Annual report of the Civil Veterinary Department, Bengal, for the year 1897-98 - 1897-1898
Year: 1897
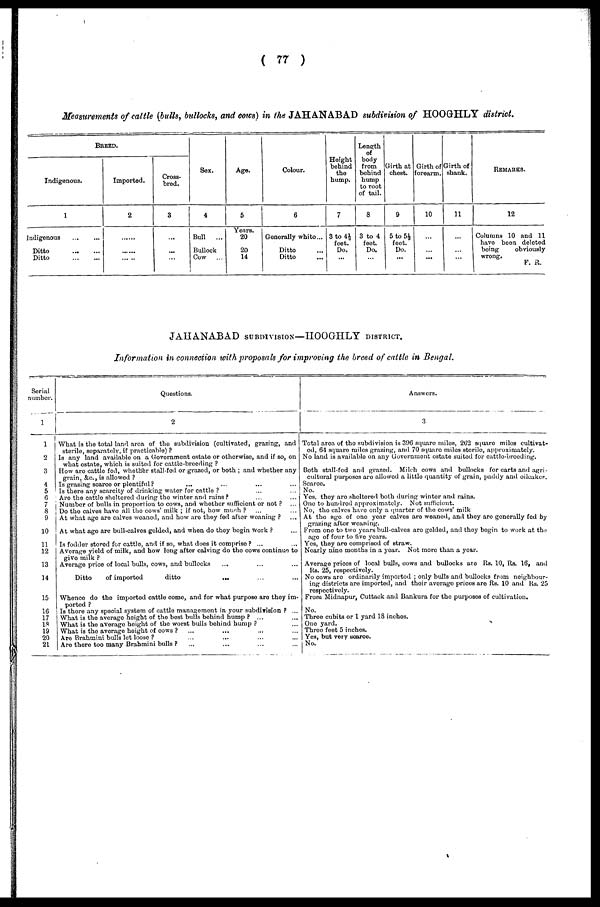
( 77 )
Measurements of cattle (bulls, bullocks, and cows) in the JAHANABAD subdivision of HOOGHLY district.
BREED.
Indigenous.
1
Indigenous
...
...
Ditto
...
...
Ditto ... ...
Imported.
2
.....
.....
.....
Cross-
brod.
3
...
...
...
Sex.
4
Bull
...
Bullock
Cow
...
Age.
5
Years.
20
20
14
Colour.
6
Generally white ...
Ditto ...
Ditto ...
Height
behind
the
hump.
7
3 to 4½
feet.
Do.
...
Length
of
body
from
behind
hump
to root
of tail.
8
3 to 4
foot
Do.
...
Girth at
chest.
9
5 to 5½
feet.
Do.
...
Girth of
forearm.
10
...
...
...
Girth of
shank.
11
...
...
...
REMARKS.
12
Columns 10 and 11
have been deleted
being
obviously
wrong.
F. R.
JAHANABAD SUBDIVISION—HOOGIILY DISTRICT.
Information in connection with proposals for improving the breed of cattle in Bengal.
Serial
number.
1
1
2
3
4
5
6
7
8
9
10
11
12
13
14
15
16
17
18
19
20
21
Questions.
What is the total land area of the subdivision (cultivated, grazing, and
sterile, separately, if practicable) ?
Is any land available on a Government estate or otherwise, and if so, on
what estate, which is suited for cattle-breeding ?
How are cattle fed, whether stall-fed or grazed, or both ; and whether any
grain, &c., is allowed ?
Is grazing scarce or plentiful ? ... ... ... ...
Is there any scarcity of drinking water for cattle ? ... ...
Are the cattle sheltered during the winter and rains ?
...
...
Number of bulls in proportion to cows, and whether sufficient or not ? ...
Do the calves have all the cows' milk ; if not, how much ? ... ...
At what ago are calves weaned, and how are they fed after weaning ? ...
At what ago are bull-calves gelded, and when do they begin work ? ...
Is fodder stored for cattle, and if so, what docs it comprise? ... ...
Average yield of milk, and how long after calving do the cows continue to
give milk ?
Average price of local bulls, cows, and bullocks ... ... ...
Ditto
of imported
ditto
...
...
...
Whenco do the imported cattle come, and for what purpose are they im-
ported ?
Is there any special system of cattle management in your subdivision ? ...
What is the average height of the best bulls behind hump ? ... ...
What is the average height of the worst bulls behind hump ? ...
What is the average height of cows ? ... ... ... ...
Are Brahmini bulls let loose ? ... ... ... ...
Are there too many Brahmini bulls ? ... ... ... ...
Answers.
3
Total area of the subdivision is 396 square miles, 262 squaro miles cultivate
ed, 64 squaro miles grazing, and 70 square miles sterile, approximately.
No land is available on any Government estate suited for cattle-breeding.
Both stall-fed and grazed. Mileh cows and bullocks for carts and agri-
cultural purposes are allowed a little quantity of grain, paddy and oilcakes
Scarce.
No.
Yes. they are sheltered both during winter and rains.
One to hundred approximately. Not sufficient.
No, the calves have only a quarter of the cows' milk
At the ago of one year calves are weaned, and they are generally fed by
grazing after weaning.
From one to two years bull-calves are gelded, and they begin to work at the
ago of four to five years.
Yes, they are comprised of straw.
Nearly nine months in a year. Not more than a year.
Average prices of local bulls, cows and bullocks are Rs. 10, Rs. 16, and
Rs. 25, respectively.
No cows are ordinarily imported ; only bulls and bullocks from neighbour-
ing districts are imported, and their average prices are Rs. 10 and Rs. 25
respectively.
From Midnapur, Cuttack and Bankura for the purposes of cultivation.
No.
Three cubits or 1 yard 18 inches.
One yard.
Three feet 5 inches.
Yes, but very Scarce.
No.